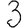
Digit: 3